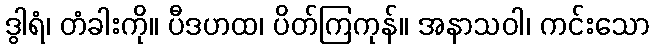
ဒွါရံ၊ တံခါးကို။ ပီဒဟထ၊ ပိတ်ကြကုန်။ အနာသဝါ၊ ကင်းသော